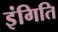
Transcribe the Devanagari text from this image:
इंगिति